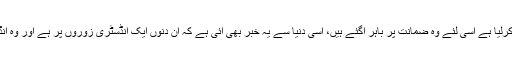
خادم اعلیٰ نے البتہ اس جادو کا توڑ کرلیا ہے اسی لئے وہ ضمانت پر باہر آگئے ہیں، اسی دنیا سے یہ خبر بھی آئی ہے کہ ان دنوں ایک انڈسٹری زوروں پر ہے اور وہ انڈسٹری آٹے کے پتلے بنانے کی ہے۔